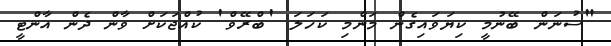
"ސުނަން ބޭނުމީ ކިޔަވައިގެން މަންމި ކަހަލަ 'ބްރޭވް' ކުއްޖަކަށް ވާން ދެން އާންޓީ